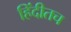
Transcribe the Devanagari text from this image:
हिंदीतच